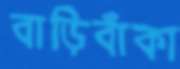
বাড়িবাঁকা